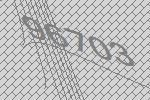
96703